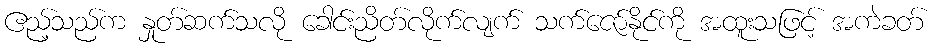
ဧည့်သည်က နှုတ်ဆက်သလို ခေါင်းညိတ်လိုက်လျက် သက်ဇော်နိုင်ကို အထူးသဖြင့် အကဲခတ်